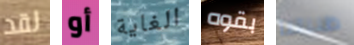
لقد أو الغاية بقوه ظننتنا